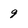
Character: 9